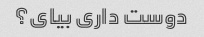
دوست داری بیای؟